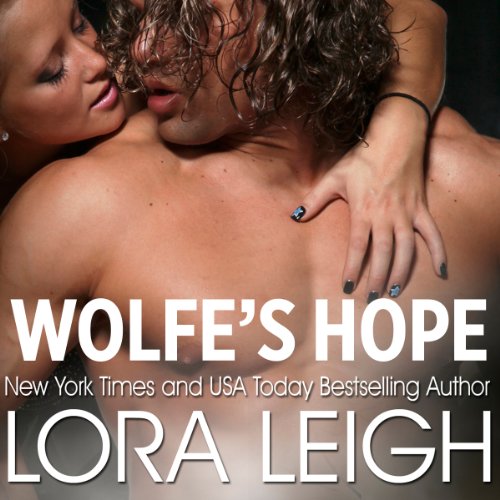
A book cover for Wolfe's Hope; Lora Leigh; Romance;